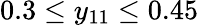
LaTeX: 0.3\leq y_{11}\leq 0.45